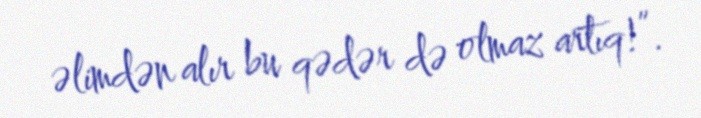
əlimdən alır bu qədər də olmaz artıq!”.